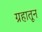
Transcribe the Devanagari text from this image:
ग्रहातून